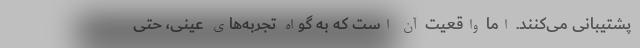
پشتیبانی می‌کنند. اما واقعیت آن است که به گواه تجربه‌های عینی، حتی